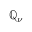
\mathbb { Q } _ { \nu }